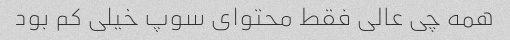
همه چی عالی فقط محتوای سوپ خیلی کم بود